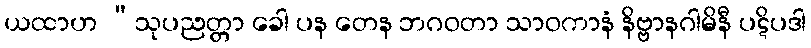
ယထာဟ “သုပညတ္တာ ခေါ ပန တေန ဘဂဝတာ သာဝကာနံ နိဗ္ဗာနဂါမိနီ ပဋိပဒါ